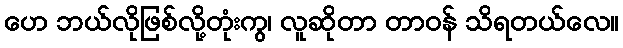
ဟေ ဘယ်လိုဖြစ်လို့တုံးကွ၊ လူဆိုတာ တာဝန် သိရတယ်လေ။